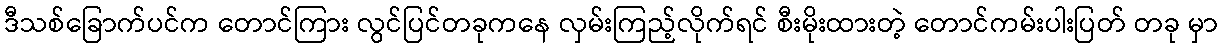
ဒီသစ်ခြောက်ပင်က တောင်ကြား လွင်ပြင်တခုကနေ လှမ်းကြည့်လိုက်ရင် စီးမိုးထားတဲ့ တောင်ကမ်းပါးပြတ် တခု မှာ